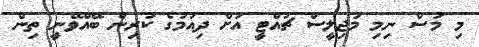
މި މަސް ނިމި މަޖިލީސް ޗުއްޓީ އަށް ދިއުމުގެ ކުރިން ބޭއްވޭނީ ތިން